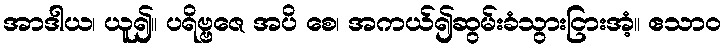
အာဒါယ၊ ယူ၍။ ပရိဗ္ဗဇေ အပိ စေ၊ အကယ်၍ဆွမ်းခံသွားငြားအံ့။ ဧသာဝ